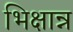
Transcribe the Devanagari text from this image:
भिक्षान्न